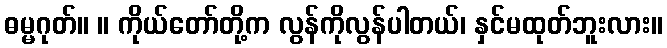
ဓမ္မဂုတ်။ ။ ကိုယ်တော်တို့က လွန်ကိုလွန်ပါတယ်၊ နှင်မထုတ်ဘူးလား။